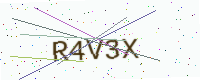
Text: R4V3X